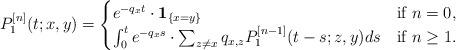
LaTeX: \begin{align*}P_1^{[n]}(t; x, y) = \begin{cases} e^{-q_xt}\cdot\mathbf{1}_{\{x = y\}} & \textrm{if } n=0,\\ \int_0^t{e^{-q_xs}\cdot\sum_{z\neq x}{q_{x, z}P_1^{[n-1]}(t-s; z, y)}ds} & \textrm{if } n\geq 1. \end{cases}\end{align*}